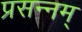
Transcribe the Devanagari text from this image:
प्रसन्नम्